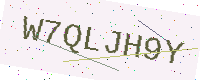
Text: W7QLJH9Y